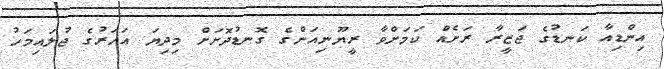
އިންޑިއާ ކަނޑުގެ ޖަޒީރާ ރަށެއް ކަމަށްވާ ރީޔޫނިއަންގެ ގޮނޑުދޮށަށް މިދިޔަ އަހަރުގެ ޖުލައިމަހު